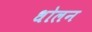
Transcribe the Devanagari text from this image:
धोलन